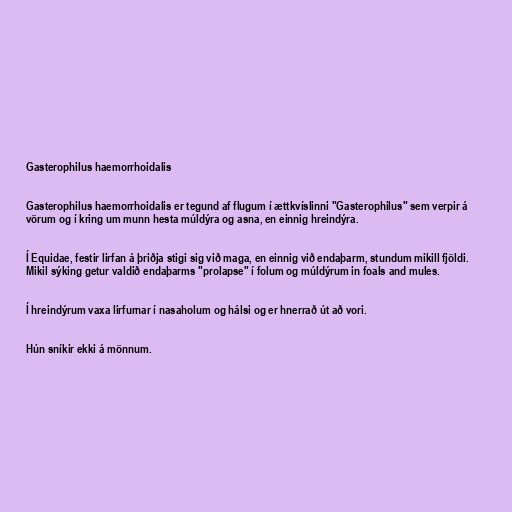
Gasterophilus haemorrhoidalis

Gasterophilus haemorrhoidalis er tegund af flugum í ættkvíslinni "Gasterophilus" sem verpir á
vörum og í kring um munn hesta múldýra og asna, en einnig hreindýra.

Í Equidae, festir lirfan á þriðja stigi sig við maga, en einnig við endaþarm, stundum mikill fjöldi.
Mikil sýking getur valdið endaþarms "prolapse" í folum og múldýrum in foals and mules.

Í hreindýrum vaxa lirfurnar í nasaholum og hálsi og er hnerrað út að vori.

Hún sníkir ekki á mönnum.